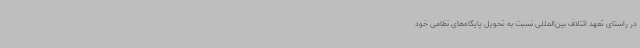
در راستای تعهد ائتلاف بین‌المللی نسبت به تحویل پایگاه‌های نظامی خود